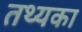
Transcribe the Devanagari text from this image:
तथ्यका